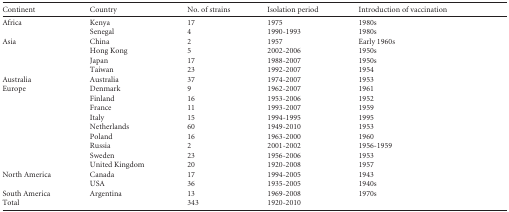
| Continent | Country | No. of strains | Isolation period | Introduction of vaccination |
 | --- | --- | --- | --- | --- |
 | <ROWSPAN=2> Africa | Kenya | 17 | 1975 | 1980s |
 | Senegal | 4 | 1990-1993 | 1980s |
 | <ROWSPAN=4> Asia | China | 2 | 1957 | Early 1960s |
 | Hong Kong | 5 | 2002-2006 | 1950s |
 | Japan | 17 | 1988-2007 | 1950s |
 | Taiwan | 23 | 1992-2007 | 1954 |
 | Australia | Australia | 37 | 1974-2007 | 1953 |
 | <ROWSPAN=9> Europe | Denmark | 9 | 1962-2007 | 1961 |
 | Finland | 16 | 1953-2006 | 1952 |
 | France | 11 | 1993-2007 | 1959 |
 | Italy | 15 | 1994-1995 | 1995 |
 | Netherlands | 60 | 1949-2010 | 1953 |
 | Poland | 16 | 1963-2000 | 1960 |
 | Russia | 2 | 2001-2002 | 1956-1959 |
 | Sweden | 23 | 1956-2006 | 1953 |
 | United Kingdom | 20 | 1920-2008 | 1957 |
 | <ROWSPAN=2> North America | Canada | 17 | 1994-2005 | 1943 |
 | USA | 36 | 1935-2005 | 1940s |
 | South America | Argentina | 13 | 1969-2008 | 1970s |
 | Total |  | 343 | 1920-2010 |  |